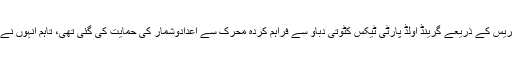
تجزیہ کاروں نے کہا کہ گزشتہ سال کے آخر میں کانگریس کے ذریعے گرینڈ اولڈ پارٹی ٹیکس کٹوتی دباؤ سے فراہم کردہ محرک سے اعدادوشمار کی حمایت کی گئی تھی، تاہم انہوں نے ڈونلڈ ٹرمپ کی تجارتی جنگوں کے منفی نقش بھی دیا۔